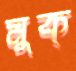
মুক্